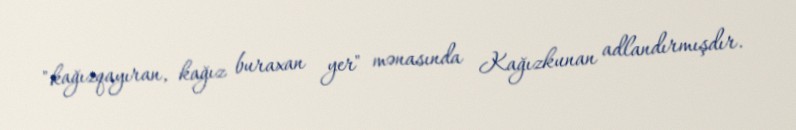
"kağızqayıran, kağız buraxan yer" mənasında Kağızkunan adlandırmışdır.